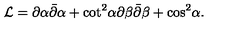
{ \cal L } = \partial \alpha \bar { \partial } \alpha + { \cot } ^ { 2 } \alpha \partial \beta \bar { \partial } \beta + { \cos } ^ { 2 } \alpha .